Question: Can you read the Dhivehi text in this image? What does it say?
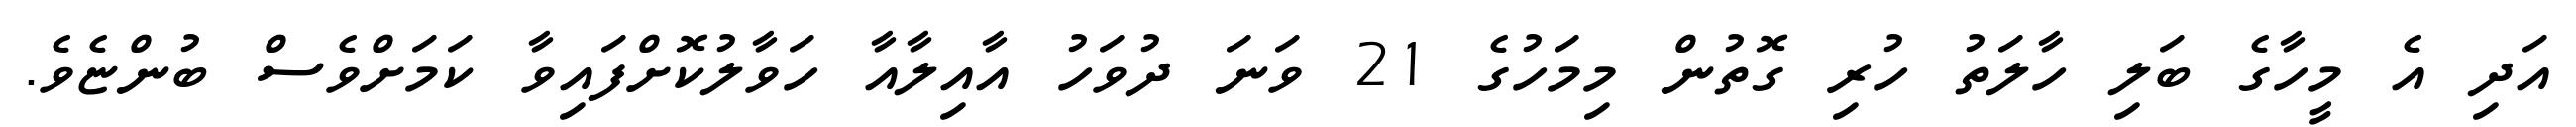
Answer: އަދި އެ މީހާގެ ބަލި ހާލަތު ހުރި ގޮތުން މިމަހުގެ 21 ވަނަ ދުވަހު އާއިލާއާ ހަވާލުކޮށްފައިވާ ކަމަށްވެސް ބުންޏެވެ.